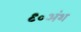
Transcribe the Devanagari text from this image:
९०अंश